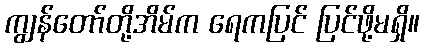
ကျွန်တော်တို့အိမ်က ရေကပြင် ပြင်ဖို့မရှိ။